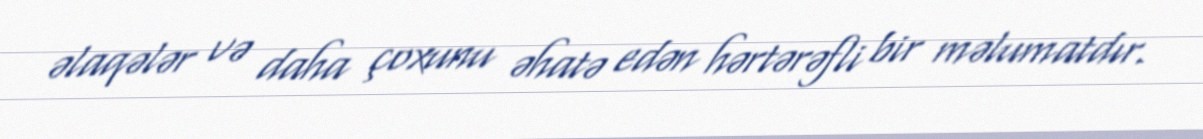
əlaqələr və daha çoxunu əhatə edən hərtərəfli bir məlumatdır.